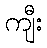
ကျီး